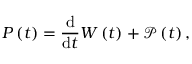
P \left( t \right) = \frac { \mathrm { d } } { \mathrm { d } t } W \left( t \right) + \mathcal { P } \left( t \right) ,